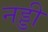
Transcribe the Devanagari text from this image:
नड्डी